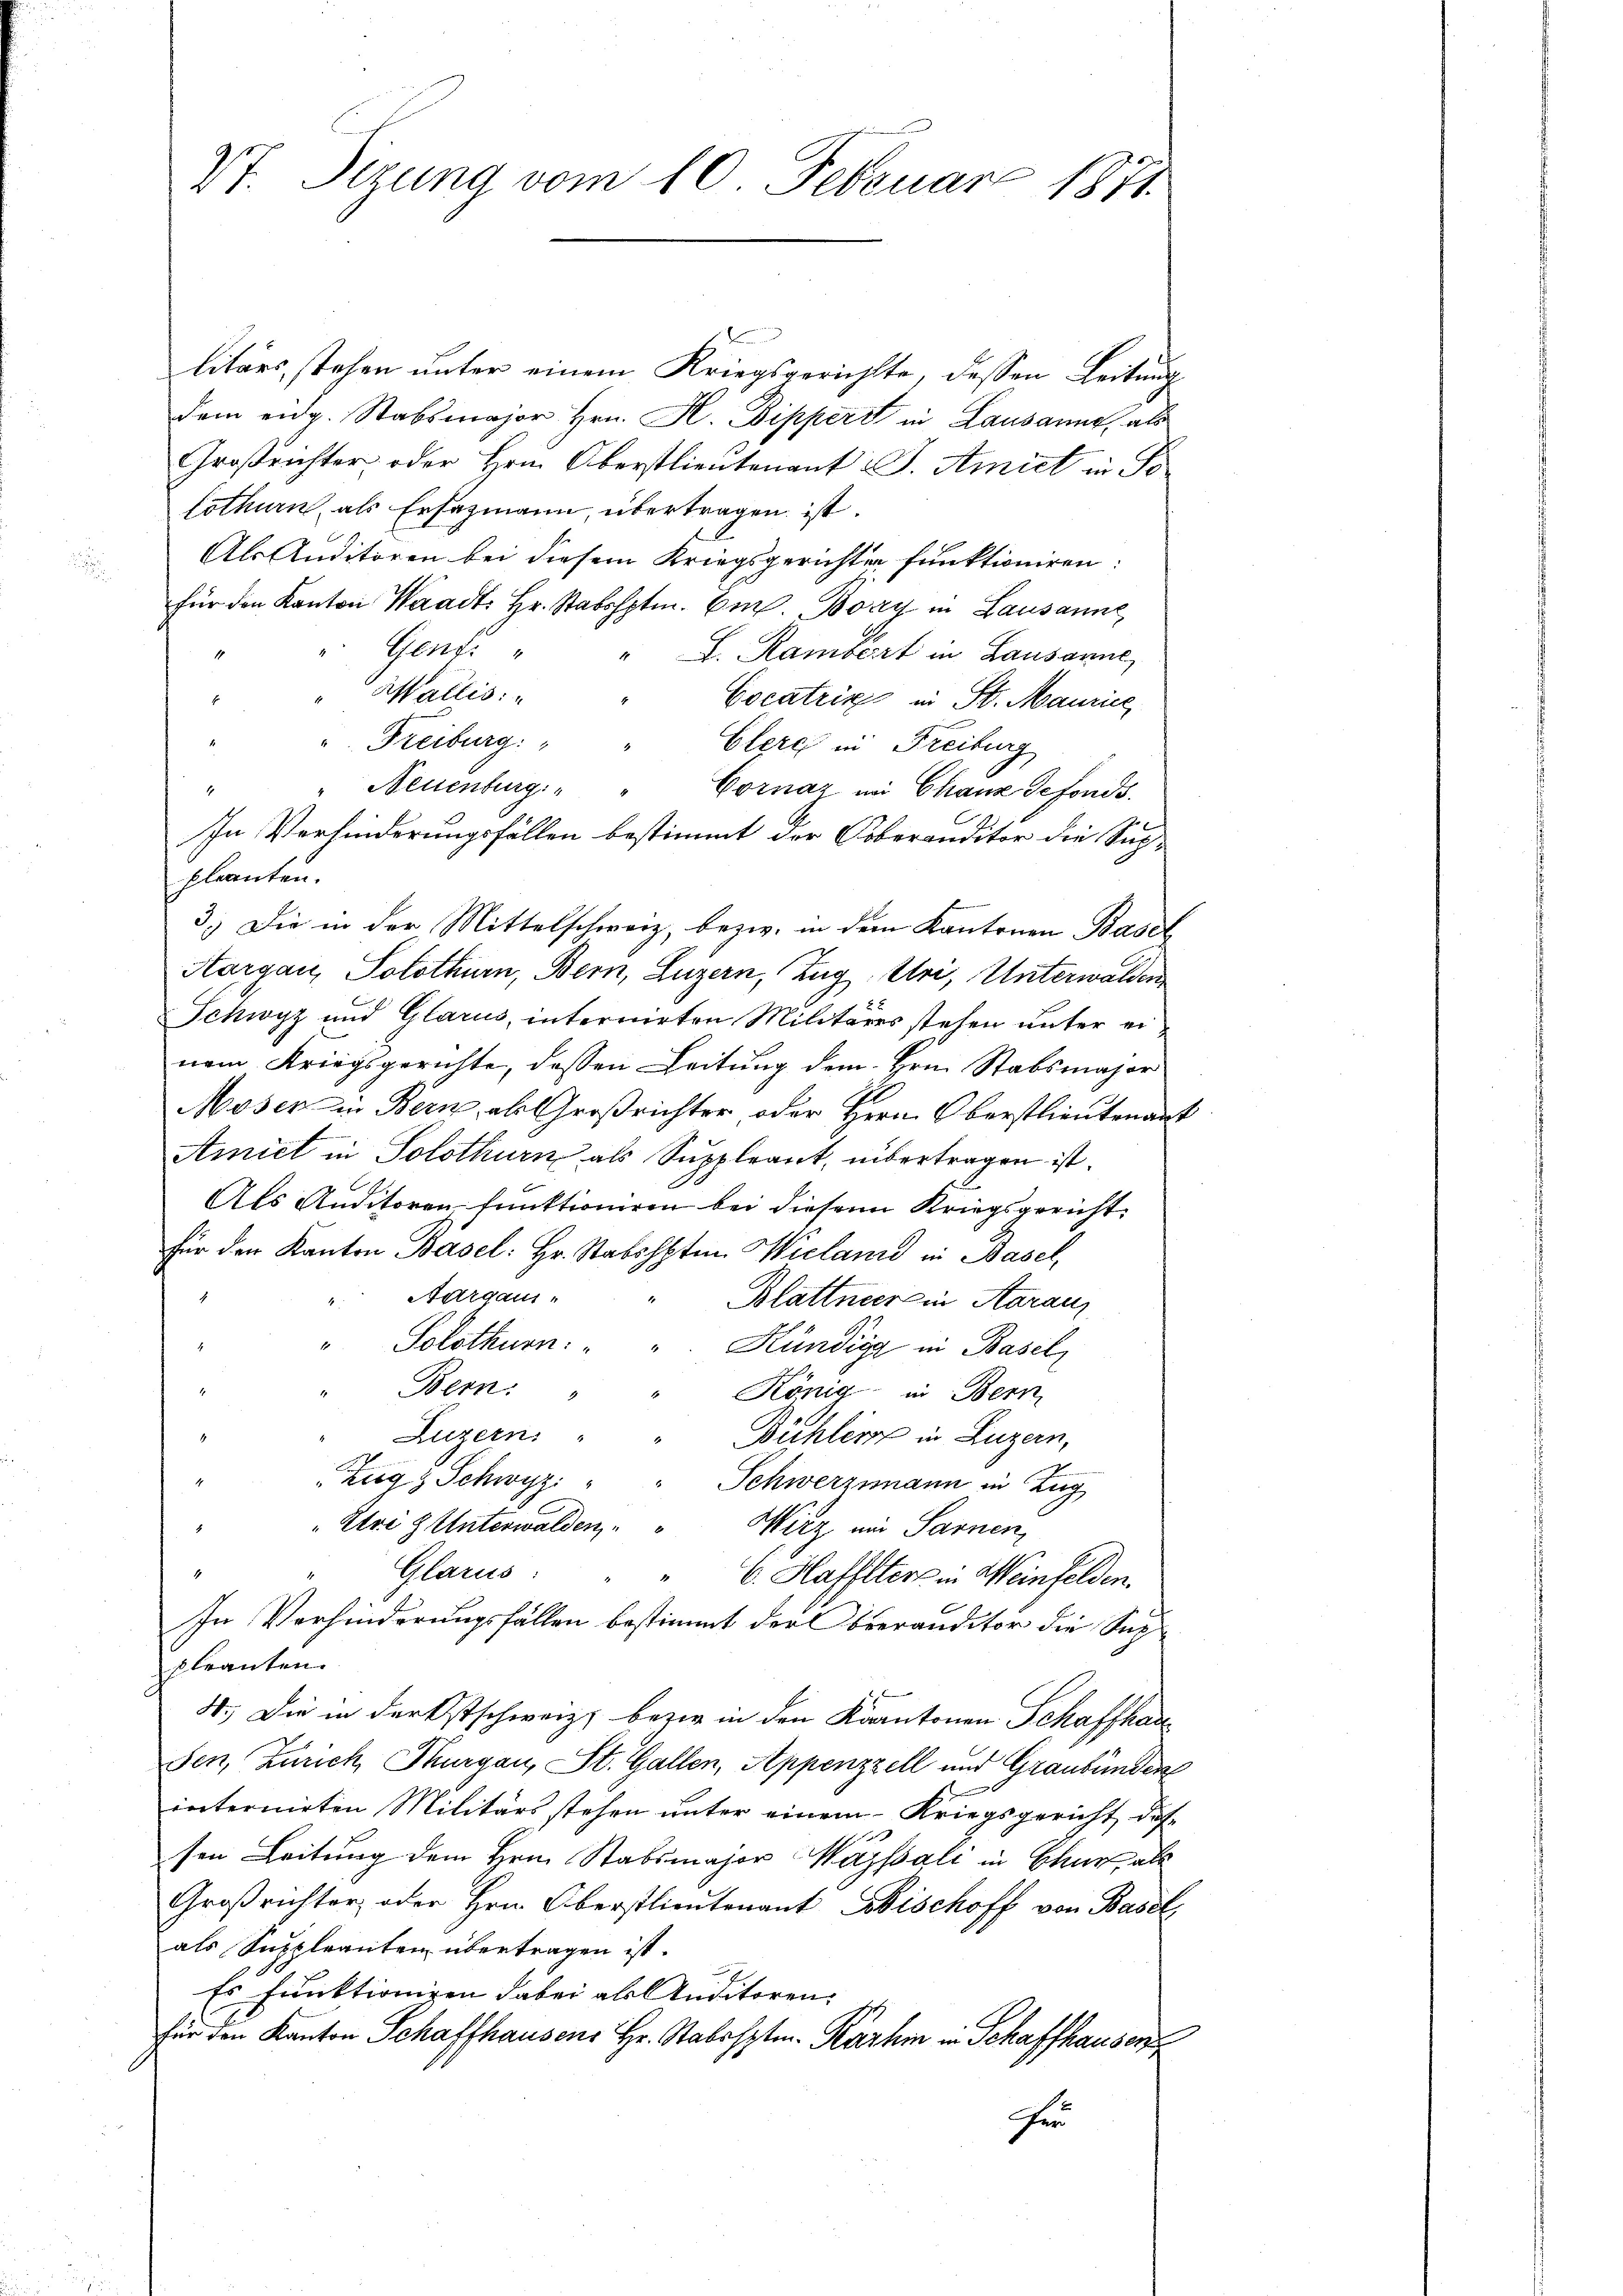
Vt. Sizung vom 10. Februar 1871

litärs, stehen unter einem Kriegsgerichtte, dessen Leitung
dem eidg. Stabsmajor Hrn. H. Bippert in Lausanne, als
Großrichter, oder Hrn. Oberstlieutenant J. Amiet in Fo
lothurn, als Ersazmann, übertragen ist.
Als Auditoren bei diesem Kriegsgerichter funktioniren:
für den Kanton Waadt: Hr. Stabshptm. E. Bay in Lausanne
Genf.
L. Rambert in Lausanne,
Wallis:
Cocatris in St. Maurice
". Freiburg: " " Clere in Freiburg
" Neuenburg
.
Cornaz im Chaux defonds.
In Verhinderungsfällen bestimmt der Koberanditor die Sup-
planten.
3.) Die in der Mittelschweiz, bezw. in dem Kantonen Basel
Aargau, Solothurn, Bern, Luzern, Zug, Uri, Unterwalden
Schwyz und Glarus, internirten Militäres stehen unter einem Kriegsgerichte, dessen Leitung dem Hrn. Stabsmajor
Moser in Bern, als Großrichter oder Herr Oberstlieutenant
Amiet in Solothurn als Suppleant, übertragen ist.
Als Auditoren funktioniren bei diesem Kriegsgericht
für den Kanton Basel: Hr. Stabshptm. Wieland in Basel,
Aargaus,
Blattner in Aarau
Solothurn.
Kündigg in Basel
Bern: "
König in Bern,
Luzern: "
Büchles in Luzern,
Zugz Schwyz
Schwerzmann in Zug
"Etriz Unterwalden " " Wirz ein Sarnen,
Glarus
" 6. Hafflters in Weinfelden.
In Verhinderungsfällen bestimmt der Bveranditor die Suppleanten.
4.) Die in Ferkstschweiz berie in den Kantonen Schaffhau
sen, Zürich, Thurgau, St. Gallen, Appenzzell und Graubünden
internirten Militärs stehen unter einem Kriegsgericht das
sen Leitung dem Hrn. Stabsmajor Massali in Chur als
Großrichter oder Hrn. Oberstlieutenant Bischoff von Basel
als Suppleanten übertragen ist.
Es funktioniren dabei als Auditoren
für den Kanton Schaffhausens Hr. Stabshptm. Karhm in Schaffhausen
Her